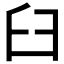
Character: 臼